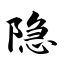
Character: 隐